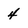
Character: 4